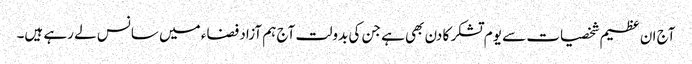
آج ان عظیم شخصیات سے یوم تشکر کا دن بھی ہے جن کی بدولت آج ہم آزاد فضاء میں سانس لے رہے ہیں۔